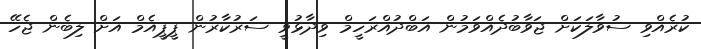
ކުރެއްވި ސުވާލަކަށް ޖަވާބުދެއްވަމުން އަބްދުއްރަހީމް ވިދާޅުވީ ސަރުކާރުން ޕީޕީއެމް އަށް ލިބެން ޖެހޭ